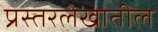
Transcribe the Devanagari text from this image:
प्रस्तरलेखातील